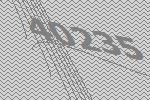
40235